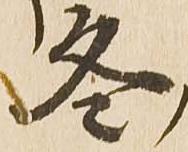
冬